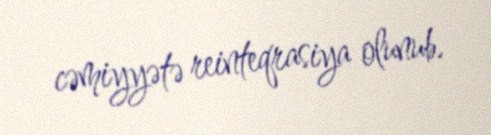
cəmiyyətə reinteqrasiya olunub.